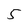
Character: 5